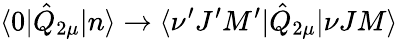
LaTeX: \langle 0|\hat{Q}_{2\mu}|n\rangle\to\langle\nu^{\prime}J^{\prime}M^{\prime}|\hat{Q}_{2\mu}|\nu JM\rangle